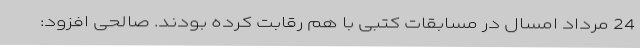
24 مرداد امسال در مسابقات کتبی با هم رقابت کرده بودند. صالحی افزود: